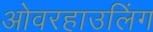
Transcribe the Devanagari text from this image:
ओवरहाउलिंग